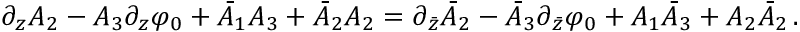
\partial _ { z } A _ { 2 } - A _ { 3 } \partial _ { z } \varphi _ { 0 } + \bar { A } _ { 1 } A _ { 3 } + \bar { A } _ { 2 } A _ { 2 } = \partial _ { \bar { z } } \bar { A } _ { 2 } - \bar { A } _ { 3 } \partial _ { \bar { z } } \varphi _ { 0 } + A _ { 1 } \bar { A } _ { 3 } + A _ { 2 } \bar { A } _ { 2 } \, .